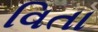
વિતા